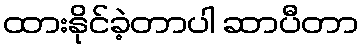
ထားနိုင်ခဲ့တာပါ ဆာပီတာ